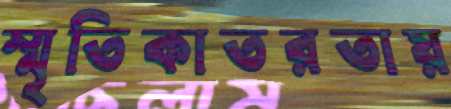
স্মৃতিকাতরতায়